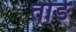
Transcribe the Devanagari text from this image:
तोङे